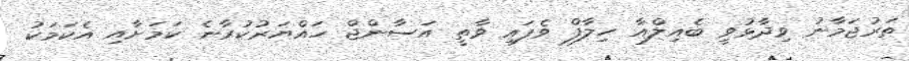
ތަރުޖަމާނު ވިދާޅުވީ ބެއިލްއާ ހިލާފް ވެފައި ވާތީ އަސާންޖް ހައްޔަރުކުރާނެ ކަމަށާއި އެކަމަކު